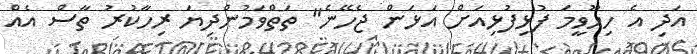
އަދި އެ ހިހޫވީމަ ފުޅިފުޅިއަށް އަޅަން ޖެހޭނެ" ތަތްވަމުންދިޔަ ރިހާކުރު ތާސް އެއް